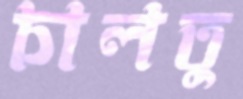
চালতু